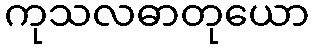
ကုသလဓာတုယော